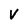
Character: V